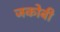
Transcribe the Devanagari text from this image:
जकोबी